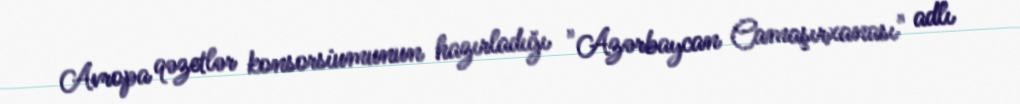
Avropa qəzetlər konsorsiumunun hazırladığı "Azərbaycan Camaşırxanası" adlı